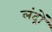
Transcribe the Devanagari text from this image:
लंद्रों